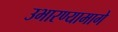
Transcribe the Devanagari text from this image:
उभारण्यामागे